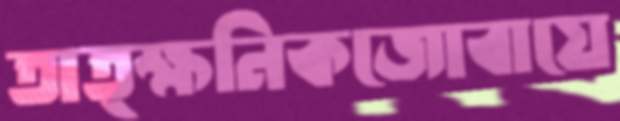
তাত্ক্ষনিকজোবায়ে